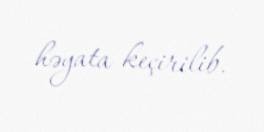
həyata keçirilib.